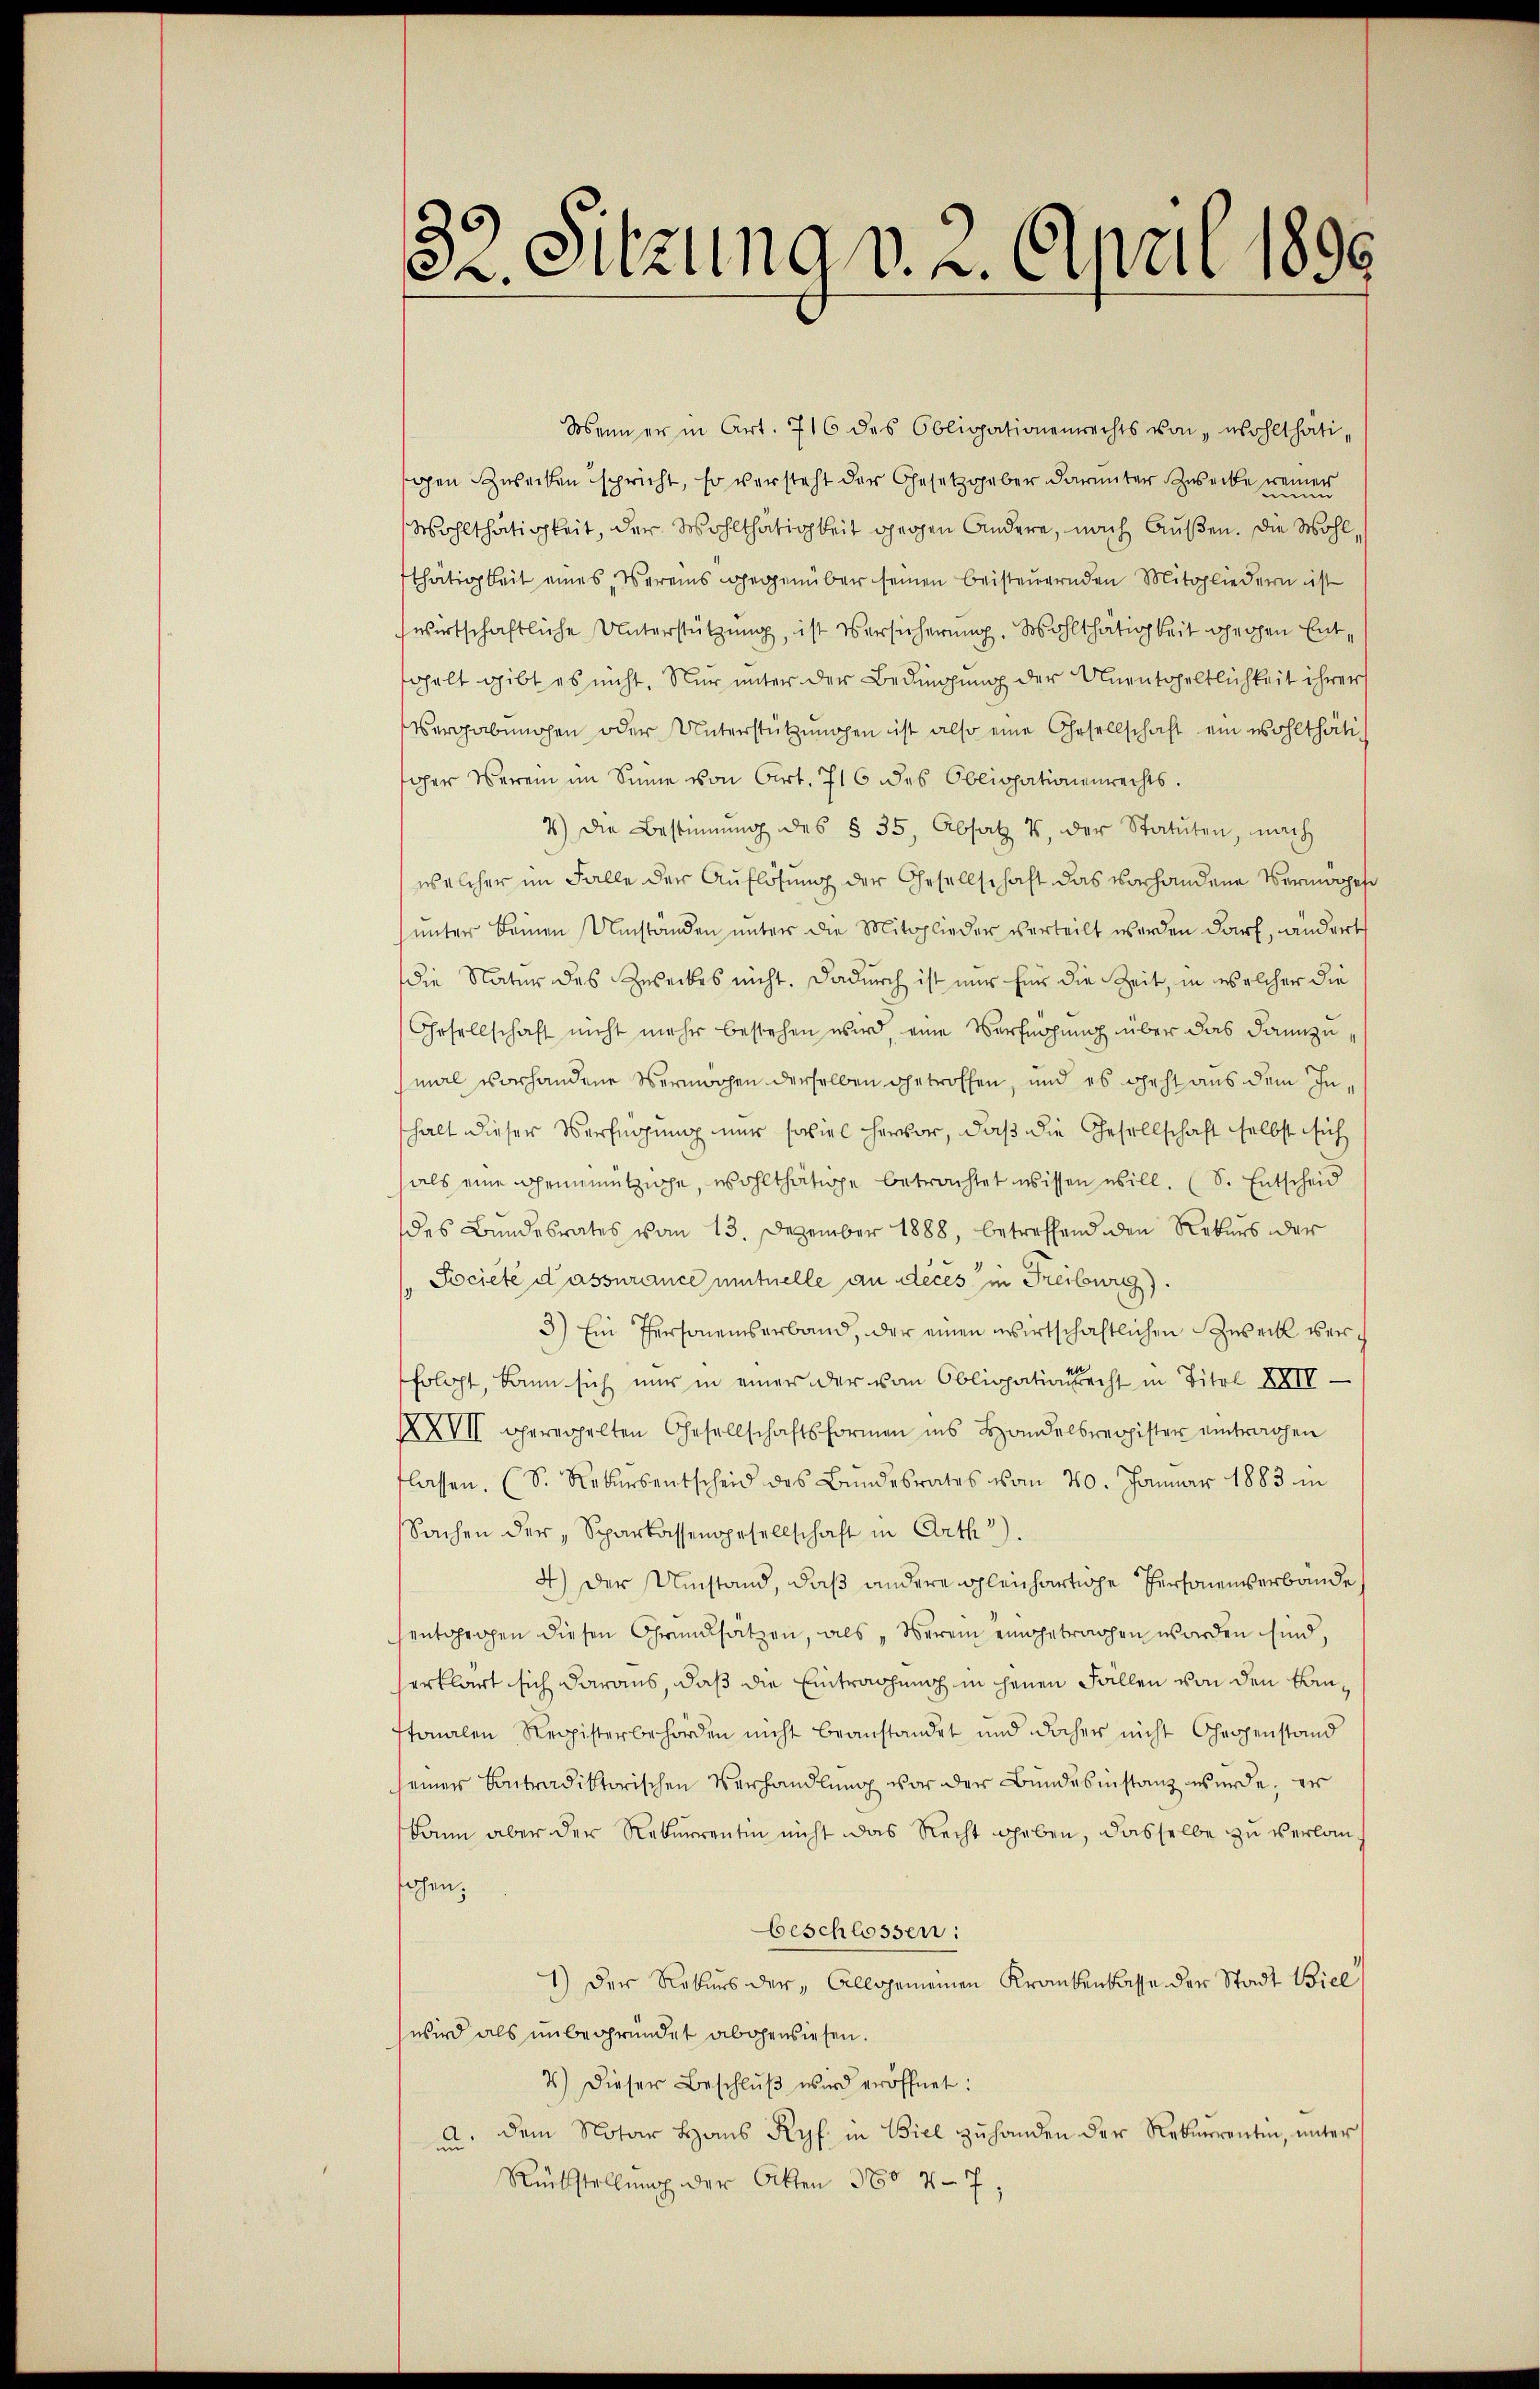
32. Sitzung v. 2. April 1890

Wenn er in Art. 716 des Obligationenrechts von „wohlthätigen Zwecken spricht, so versteht der Gesetzgeber darunter Zwecke er
ers
eine
Wohlthätigkeit, der Wohlthätigkeit gegen Andere, nach Außen. Die Wohlthätigkeit eines Vereins gegenüber seinen beisteuernden Mitgliedern ist
wirtschaftliche Unterstützung, ist Versicherung, Wohlthätigkeit gehen Entgelt gibt es nicht. Nur unter der Bedingung der Unentgeltlichkeit ihrer
Vergabungen oder Unterstützungen ist also eine Gesellschaft ein wohlthätiger Verein im Sinne von Art. 716 des Obligationenrechts.
7) Die Bestimmung des § 35, Absatz 4, der Statuten, nach
welcher im Falle der Auflösung der Gesellschaft das vorhandene Vermögen
unter Beinen Umständen unter die Mitglieder verteilt werden darf, andert
die Natur des Zweckes nicht. Dadurch ist nur für die Zeit, in welcher die
Oesellschaft nicht mehr bestehen wird, eine Verfügung über das dannzumal vorhandene Vermachen derselben getroffen, und es geht aus dem Inhalt dieser Verfügung nur spiel hervor, daß die Gesellschaft selbst sich
als eine geinmützige, wohlthätige betrachtet wissen will. (S. Entscheid
des Bundesrates vom 13. Dezember 1888, betreffend den Rekurs der
Societé d’assurance mutuelle an deces, in Freiburg.
3) Ein Personenserband, der einen wirtschaftlichen Zweck verhologt, kann sich nur in einer der vom Obligationsrecht in Titel XXII
XXVII geregelten Gesellschaftsformen ins Handelsregister eintragen
flassen. (S. Rekursentscheid des Bŭndesrates vom 20. Januar 1883 in
Sachen der Sparkassengesellschaft in Arth).
4) Der Umstand, daß andere gleichartige Personenverbande
entgegen diesen Grundsatzen, als „Verein eingetragen worden sind,
erklärt sich daraus, daß die Eintrachung in jenen Fällen von den Bautonalen Registerbehörden nicht beanstandet und daher nicht Ghergenstand
seiner Contradiktorischen Verhandlung vor der Bundesinstanz wurde, er
kann aber der Rekurrentin nicht das Recht geben, dasselbe zu verlansochen.
beschlossen:
1) Der Rekurs der Allgemeinen Krankenkasse der Stadt Biel
wird als unbegründet abgewiesen.
2.) Dieser Beschlŭβ wird eröffnet:
a. dem Notar Haus Ryf in Biel zŭ handen der Rekurrentin, ŭnter
Rückstellung der Akten 380 47,